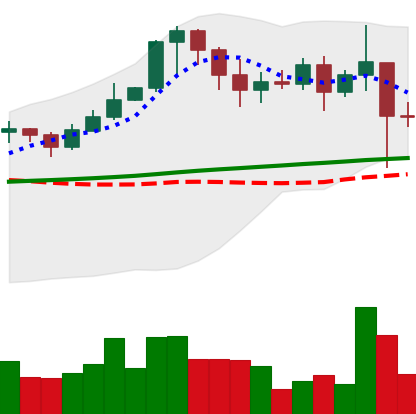
Ticker: XRP-USD
Chart end date: 2021-02-24
Forward return: -5.211%
Label: down_5_7